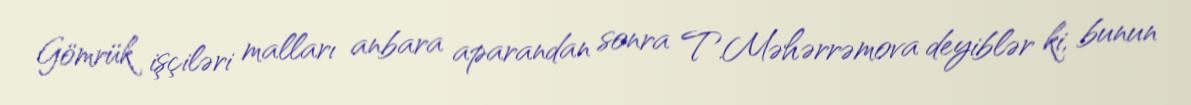
Gömrük işçiləri malları anbara aparandan sonra T.Məhərrəmova deyiblər ki, bunun